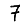
Digit: 7